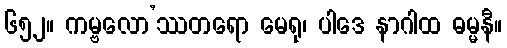
၆၅၂။ ကမ္ဗလော’ဿတရော မေရု၊ ပါဒေ နာဂါထ ဓမ္မနီ။